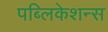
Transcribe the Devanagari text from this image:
पब्‍लिकेशन्‍स